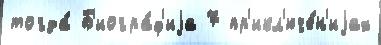
тогда́ Б'иогра́ф'иjа 7 пр'икл'юче́н'иjах